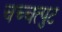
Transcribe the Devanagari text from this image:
चच्चत्पुट